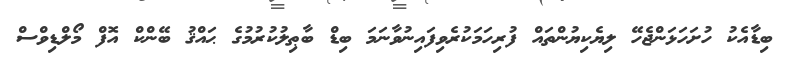
ބިޑާއެކު ހުށަހަޅަންޖެހޭ ލިޔެކިޔުންތައް ފުރިހަމަކުރެވިފައިނުވާނަމަ ބިޑް ބާޠިލުކުރުމުގެ ޙައްޤު ބޭންކް އޮފް މޯލްޑިވްސް